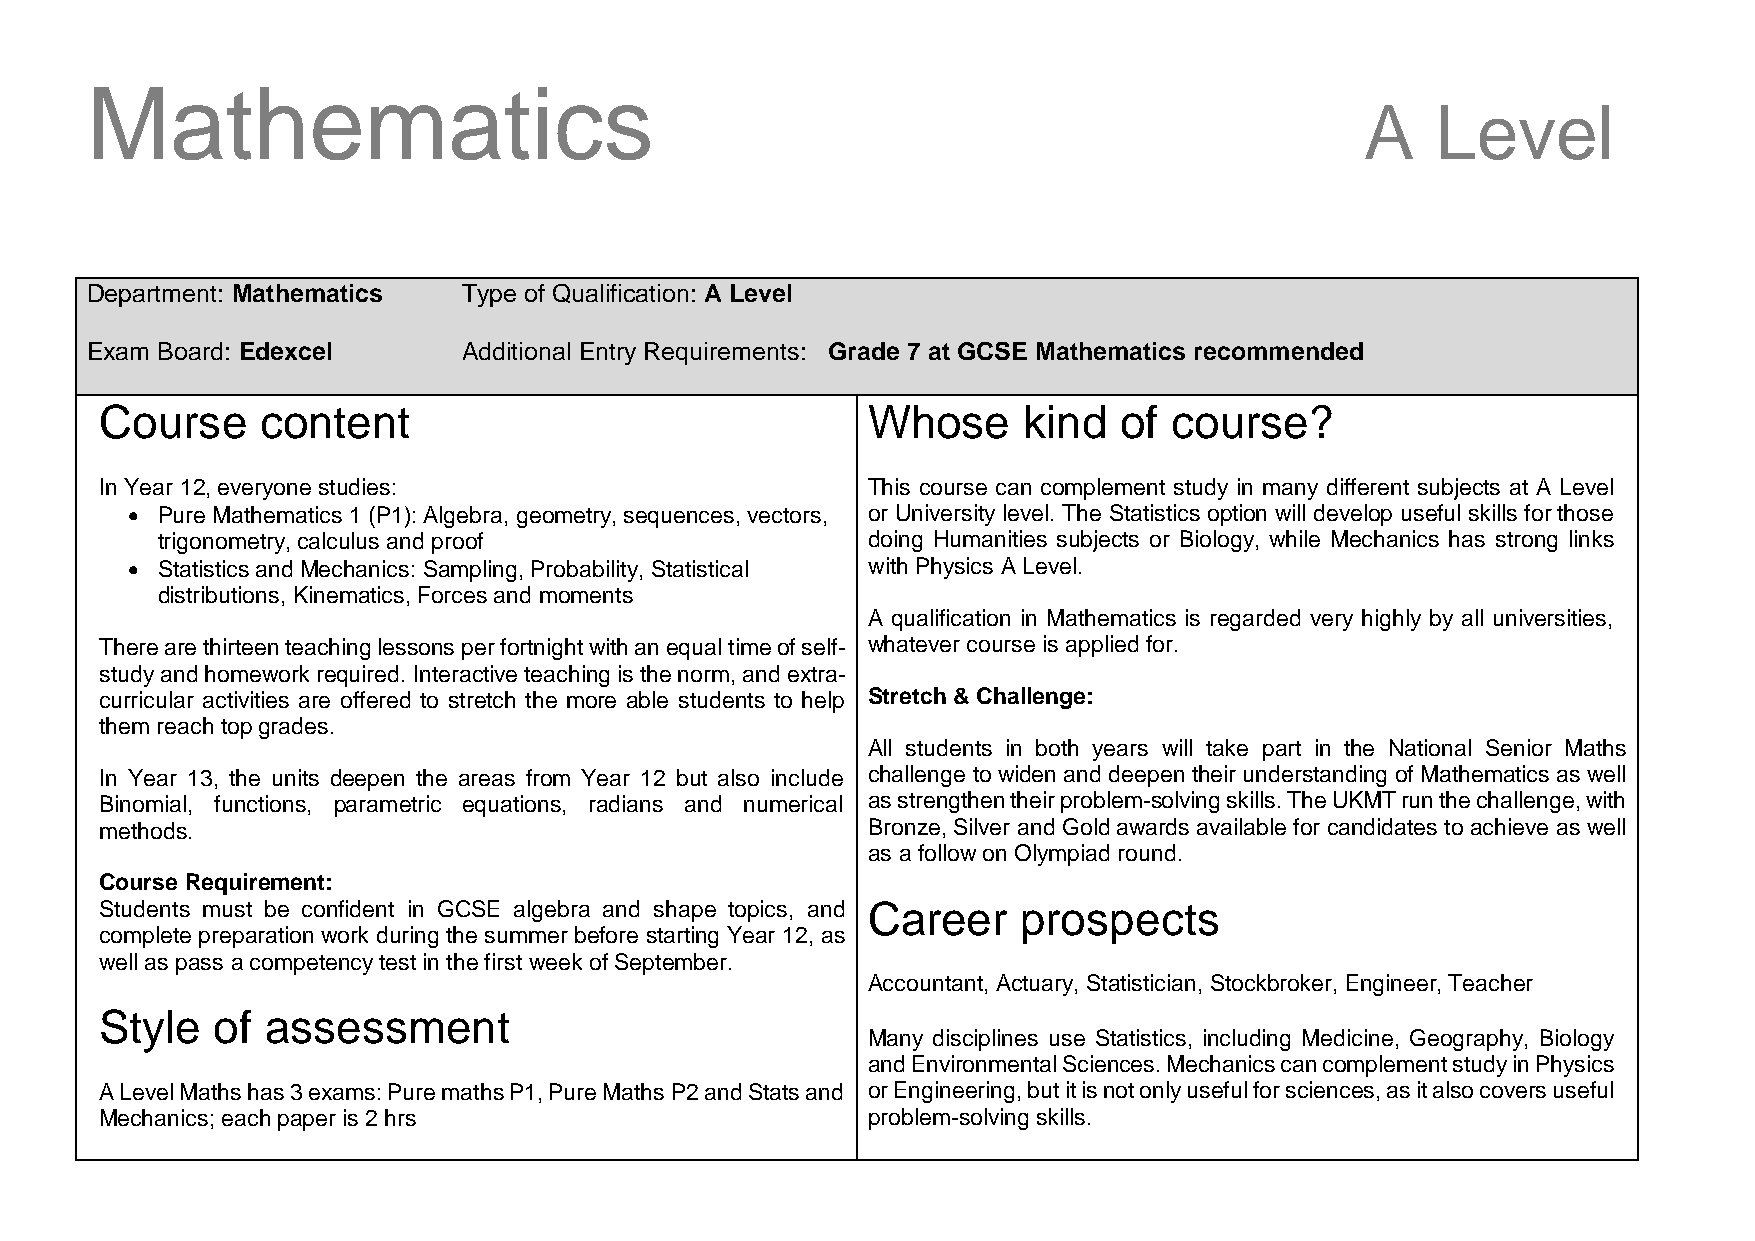
Mathematics
 A    Level
 Department: Mathematics  Type of Qualification: A Level
 Exam Board: Edexcel      Additional Entry Requirements: Grade 7 at GCSE Mathematics recommended
 Course    content                                 Whose      kind  of course?
 In Year 12, everyone studies:                     This course can complement study in many different subjects at A Level
  Pure Mathematics 1 (P1): Algebra, geometry, sequences, vectors, or University level. The Statistics option will develop useful skills for those
 trigonometry, calculus and proof              doing Humanities subjects or Biology, while Mechanics has strong links
  Statistics and Mechanics: Sampling, Probability, Statistical with Physics A Level.
 distributions, Kinematics, Forces and moments
 A qualification in Mathematics is regarded very highly by all universities,
 There are thirteen teaching lessons per fortnight with an equal time of self- whatever course is applied for.
 study and homework required. Interactive teaching is the norm, and extra-
 curricular activities are offered to stretch the more able students to help Stretch & Challenge:
 them reach top grades.
 All students in both years will take part in the National Senior Maths
 In Year 13, the units deepen the areas from Year 12 but also include challenge to widen and deepen their understanding of Mathematics as well
 Binomial, functions, parametric equations, radians and numerical as strengthen their problem-solving skills. The UKMT run the challenge, with
 methods.                                          Bronze, Silver and Gold awards available for candidates to achieve as well
 as a follow on Olympiad round.
 Course Requirement:
 Students must be confident in GCSE algebra and shape topics, and Career prospects
 complete preparation work during the summer before starting Year 12, as
 well as pass a competency test in the first week of September.
 Accountant, Actuary, Statistician, Stockbroker, Engineer, Teacher
 Style  of  assessment
 Many disciplines use Statistics, including Medicine, Geography, Biology
 and Environmental Sciences. Mechanics can complement study in Physics
 A Level Maths has 3 exams: Pure maths P1, Pure Maths P2 and Stats and or Engineering, but it is not only useful for sciences, as it also covers useful
 Mechanics; each paper is 2 hrs                    problem-solving skills.